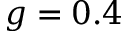
g = 0 . 4